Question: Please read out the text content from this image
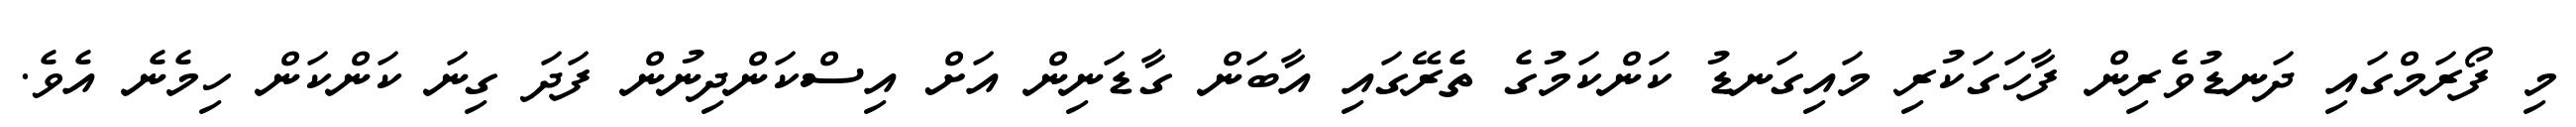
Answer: މި ފޯރަމްގައި ދަނޑުވެރިން ފާހަގަކުރި މައިގަނޑު ކަންކަމުގެ ތެރޭގައި އާބަން ގާޑަނިން އަށް އިސްކަންދިނުން ފަދަ ގިނަ ކަންކަން ހިމެނެ އެވެ.